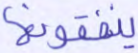
ينفقونها